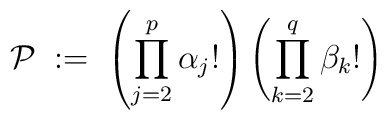
{\mathcal{P}} \;:=\; \left( \prod_{j=2}^p \alpha_j! \right)\left(\prod_{k=2}^q \beta_k! \right)